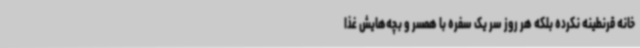
خانه قرنطینه نکرده بلکه هر روز سر یک سفره با همسر و بچه‌هایش غذا